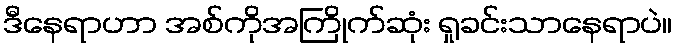
ဒီနေရာဟာ အစ်ကိုအကြိုက်ဆုံး ရှုခင်းသာနေရာပဲ။